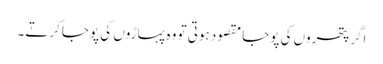
اگر پتھروں کی پوجا مقصود ہوتی تو وہ پہاڑوں کی پوجا کرتے۔